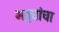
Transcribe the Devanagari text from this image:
भट्ट्यांचा